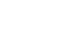
ပလ္လလံ